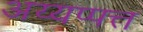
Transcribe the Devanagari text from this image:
अय्यप्पत्त